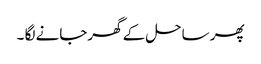
پھر ساحل کے گھرجانے لگا ۔